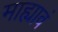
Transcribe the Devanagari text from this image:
माह्यावं